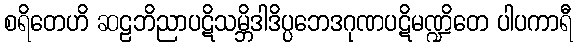
စရိတေဟိ ဆဠဘိညာပဋိသမ္ဘိဒါဒိပ္ပဘေဒဂုဏပဋိမဏ္ဍိတေ ပါပကာရီ